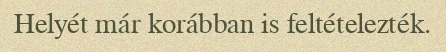
Helyét már korábban is feltételezték.